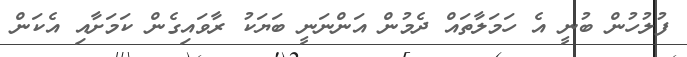
ފުލުހުން ބުނީ އެ ހަމަލާތައް ދެމުން އަންނަނީ ބަޔަކު ރާވައިގެން ކަމަށާއި އެކަން